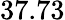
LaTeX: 37.73